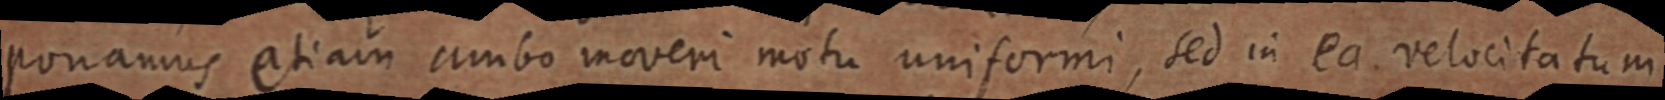
ponamus etiam ambo moveri motu uniformi, sed in ea velocitatum